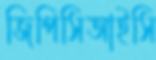
জিপিসিআইসি